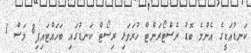
ކަނޑުއަޑީގެ އެންމެ ބޮޑު ރެސްޓޯރަންޓް ހުރަވަޅި ރިސޯޓް ކަނޑުގައި ބަހައްޓައިފި8 މަސް 1